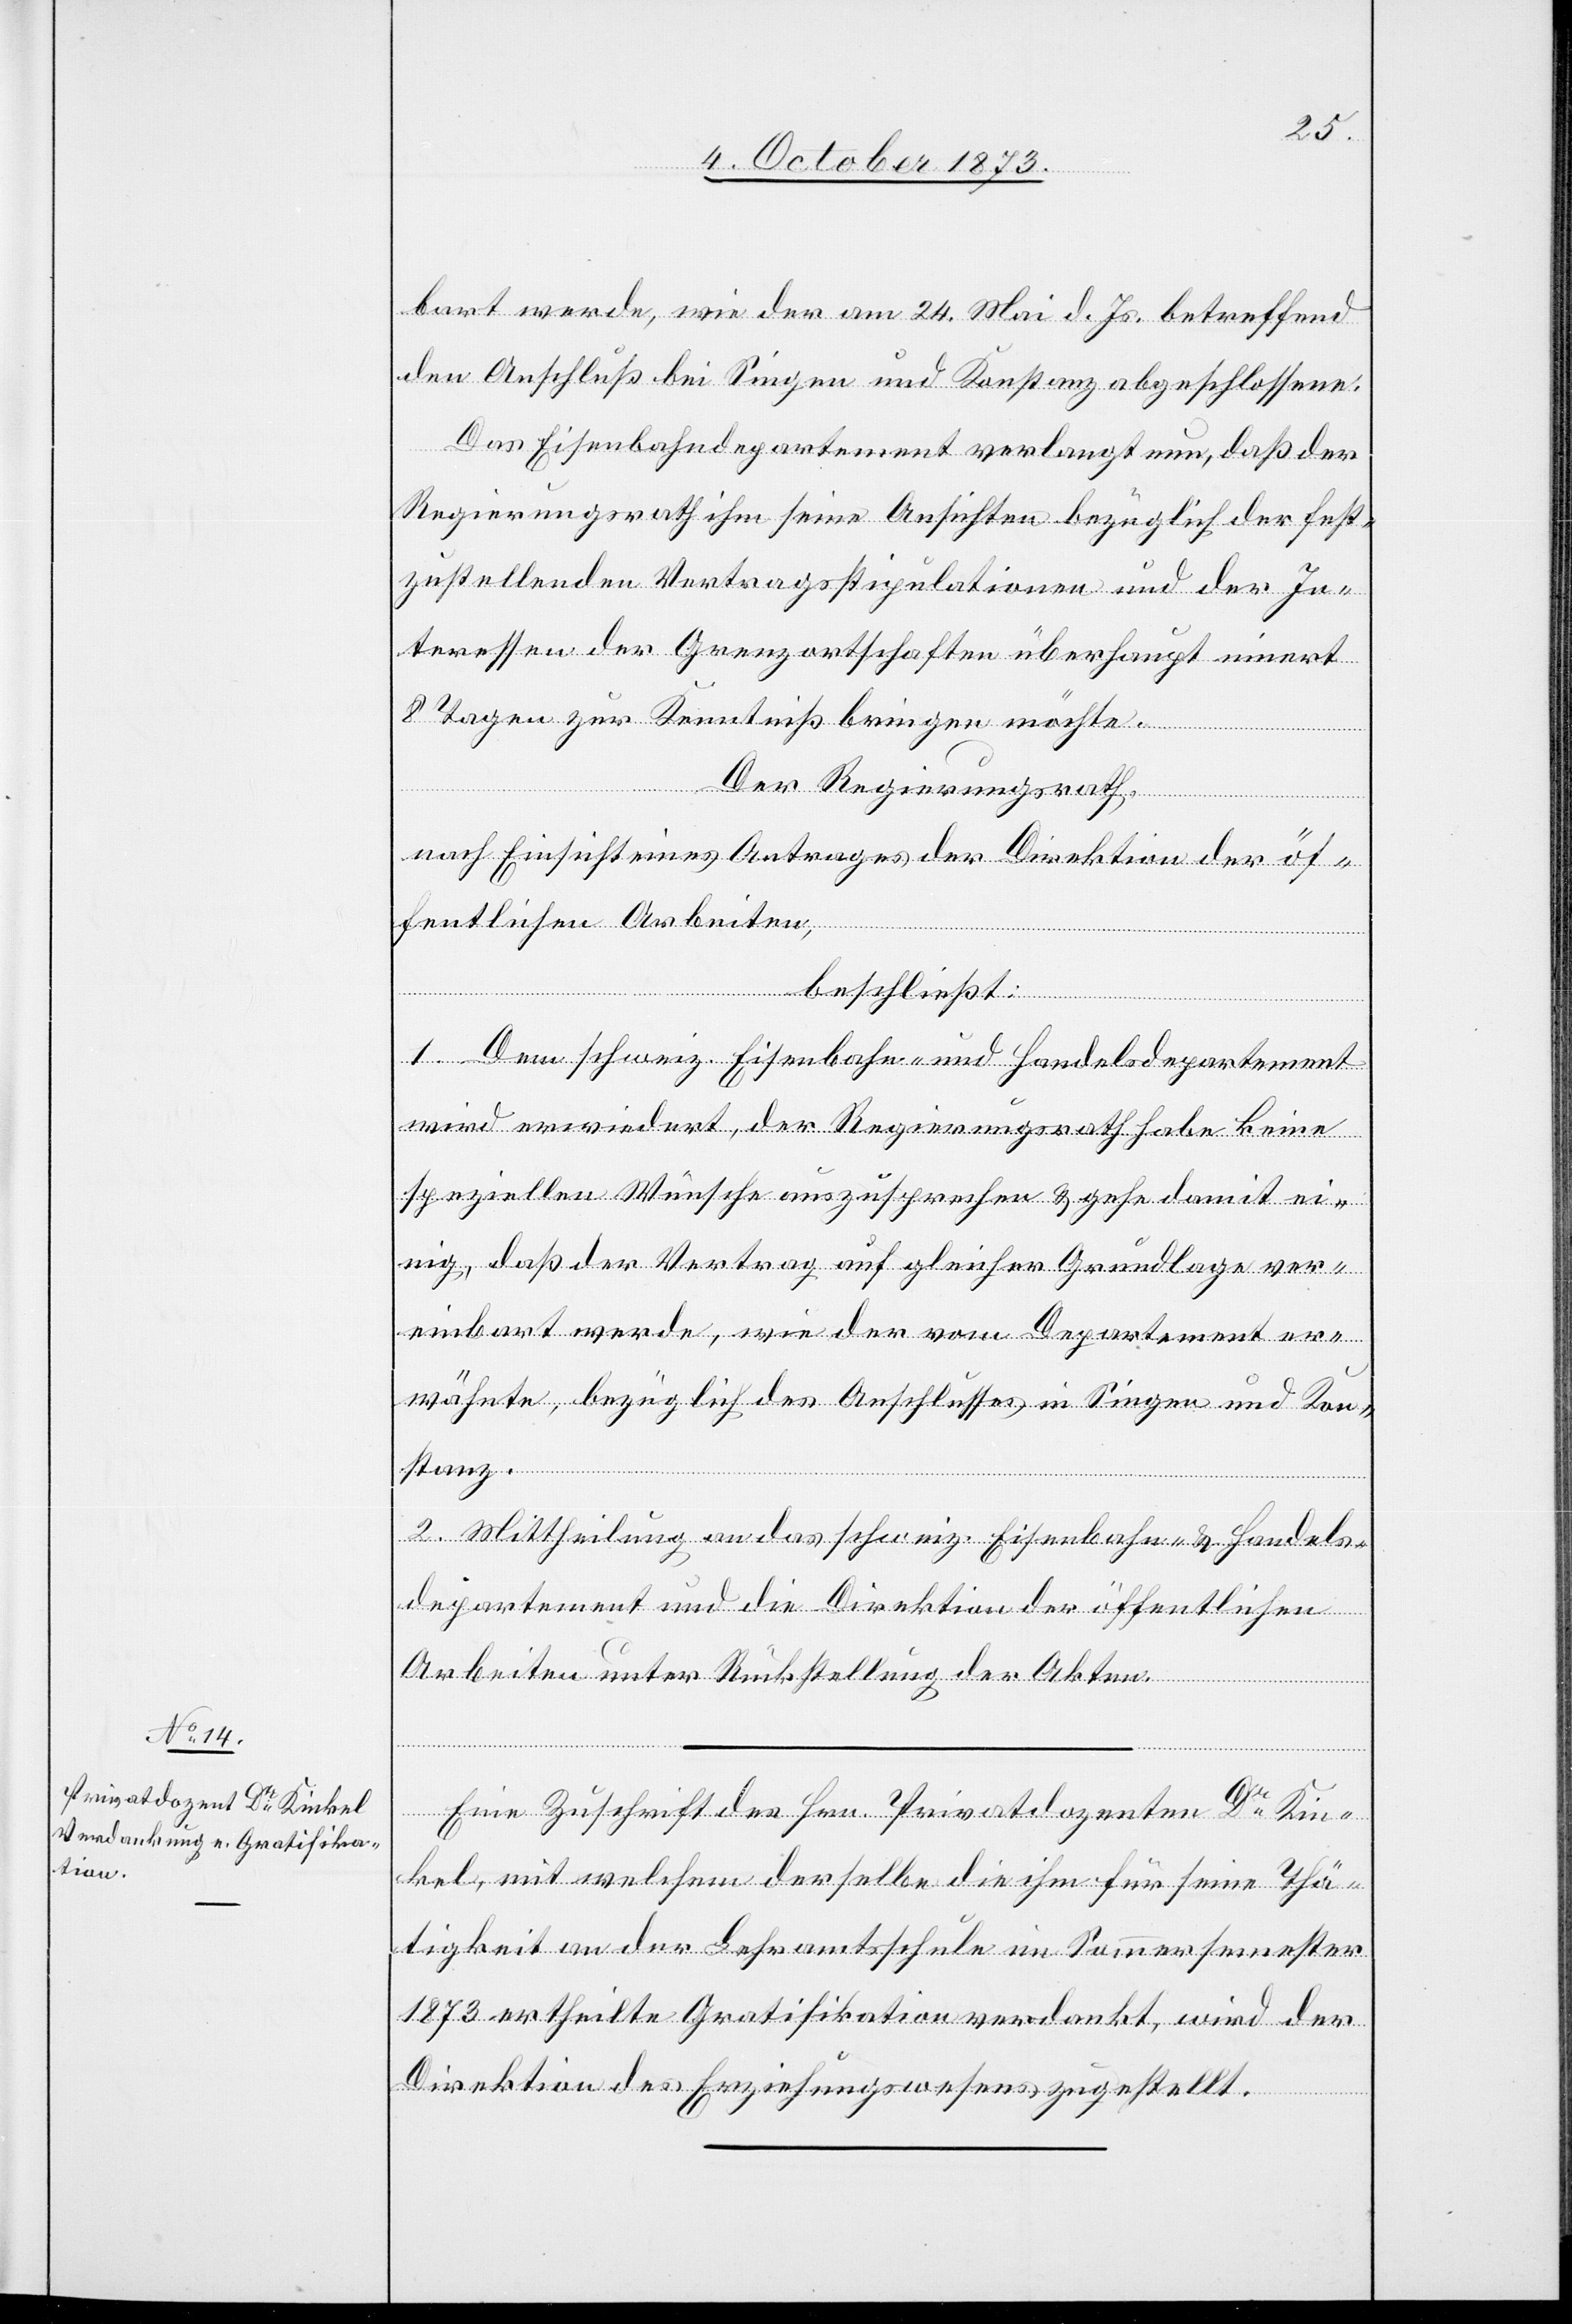
bart werde, wie der am 24. Mai d. Js. betreffend
den Anschluß bei Singen und Konstanz abgeschlossene.
Das Eisenbahndepartement verlangt nun, daß der
Regierungsrath ihm seine Ansichten bezüglich der fest¬
zustellenden Vertragsstipulationen und der In¬
teressen der Grenzortschaften überhaupt innert
8 Tagen zur Kenntniß bringen möchte.
Der Regierungsrath,
nach Einsicht eines Antrages der Direktion der öf¬
fentlichen Arbeiten,
beschließt:
1. Dem schweiz. Eisenbahn- und Handelsdepartement
wird erwiedert, der Regierungsrath habe keine
speziellen Wünsche auszusprechen & gehe damit ei¬
nig, daß der Vertrag auf gleicher Grundlage ver¬
einbart werde, wie der vom Departement er¬
wähnte, bezüglich des Anschlusses in Singen und Kon¬
stanz.
2. Mittheilung an das schweiz. Eisenbahn- & Handels¬
departement und die Direktion der öffentlichen
Arbeiten unter Rückstellung der Akten.
Eine Zuschrift des Hrn. Privatdozenten Dr Kin¬
kel, mit welchem [sic!] derselbe die ihm für seine Thä¬
tigkeit an der Lehramtsschule im Sommersemester
1873 ertheilte Gratifikation verdankt, wird der
Direktion des Erziehungswesens zugestellt.